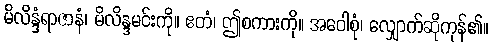
မိလိန္ဒံရာဇာနံ၊ မိလိန္ဒမင်းကို။ ဧတံ၊ ဤစကားကို။ အဝေါစုံ၊ လျှောက်ဆိုကုန်၏။